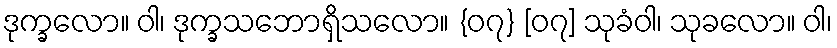
ဒုက္ခလော။ ဝါ၊ ဒုက္ခသဘောရှိသလော။ {၀၇} [၀၇] သုခံဝါ၊ သုခလော။ ဝါ၊